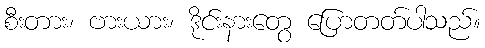
စီးတား၊ ဗားယား၊ ဒိုင်းနားတွေ ပြောတတ်ပါသည်။